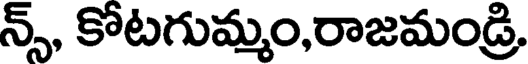
న్స్, కోటగుమ్మం,రాజమండ్రి,